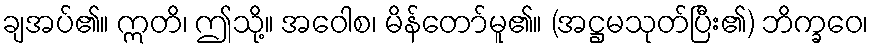
ချအပ်၏။ ဣတိ၊ ဤသို့။ အဝေါစ၊ မိန်တော်မူ၏။ (အဋ္ဌမသုတ်ပြီး၏) ဘိက္ခဝေ၊